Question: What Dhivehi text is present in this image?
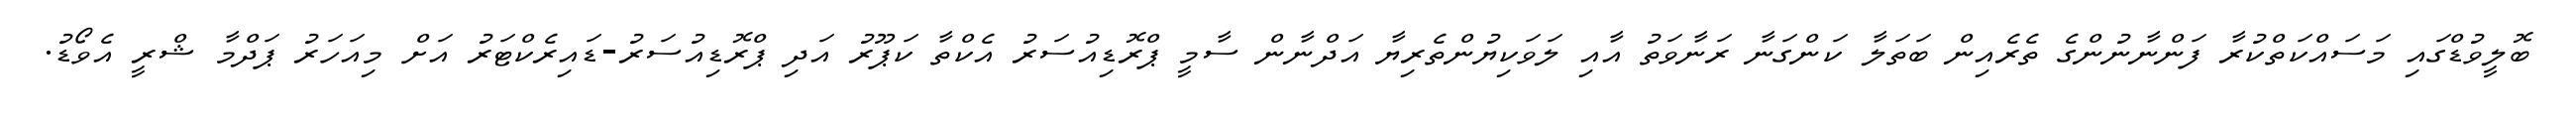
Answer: ބޮލީވުޑްގައި މަސައްކަތްކުރާ ފަންނާނުންގެ ތެރެއިން ބަތަލާ ކަންގަނާ ރަނާވަތު އާއި ލަވަކިޔުންތެރިޔާ އަދްނާން ސާމީ ޕްރޮޑިއުސަރު އެކްތާ ކަޕޫރު އަދި ޕްރޮޑިއުސަރު-ޑައިރެކްޓަރު އަށް މިއަހަރު ޕަދްމާ ޝްރީ އެވޯޑު.